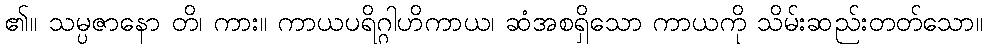
၏။ သမ္ပဇာနော တိ၊ ကား။ ကာယပရိဂ္ဂါဟိကာယ၊ ဆံအစရှိသော ကာယကို သိမ်းဆည်းတတ်သော။